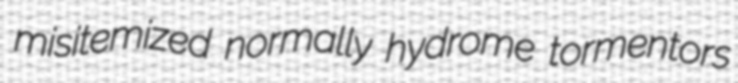
misitemized normally hydrome tormentors